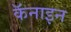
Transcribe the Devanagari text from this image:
कॅनाइन